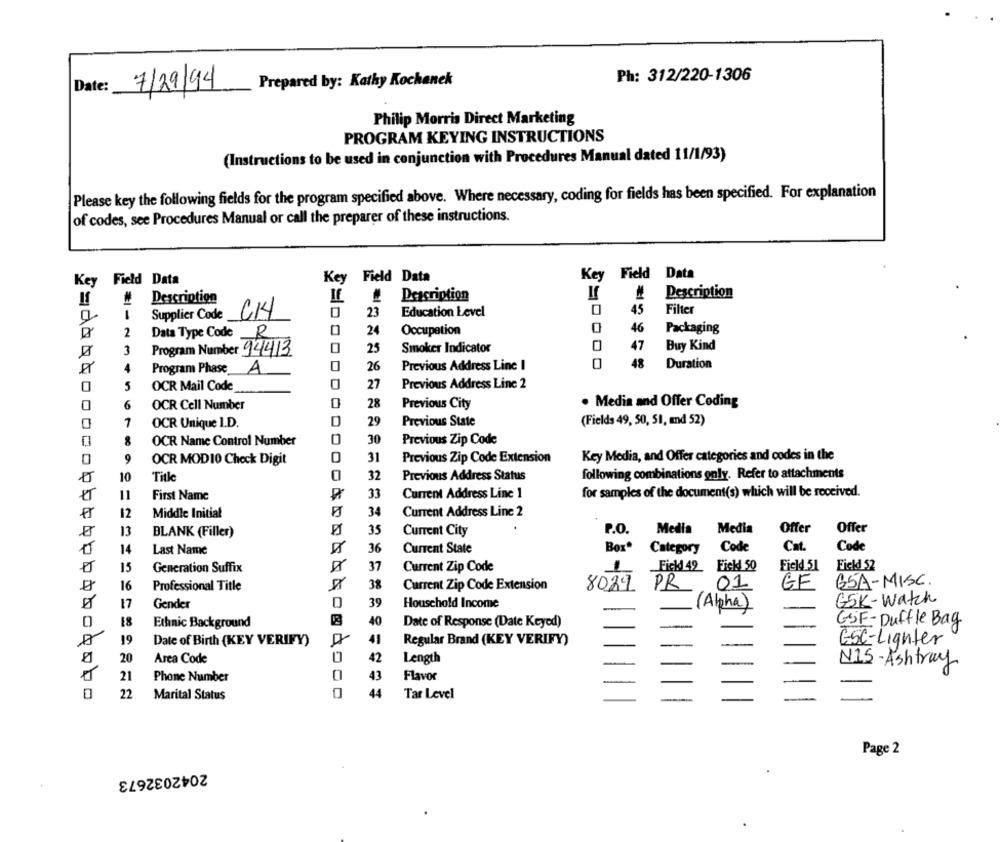
7/29/94
Prepared by: Kathy Kochanek
Ph: 312/220-1306
Date:
Philip Morris Direct Marketing
PROGRAM KEYING INSTRUCTIONS
(Instructions to be used in conjunction with Procedures Manual dated 11/1/93)
Please key the following fields for the program specified above. Where necessary, coding for fields has been specified. For explanation
of codes, see Procedures Manual or call the preparer of these instructions.
Key Field Data
Key Field Data
Key
Field Data
If
Description
Description
If
Description
CH4
0
45
Filter
Supplier Code
23
Education Level
46
Packaging
2
Data Type Code
R
24
Occupation
47
Buy Kind
3
Program Number 94413
25
Smoker Indicator
Program Phase
A
0
26
Previous Address Line I
48
Duration
0
5
OCR Mail Code
0
27
Previous Address Line 2
6
OCR Cell Number
28
Previous City
· Media and Offer Coding
0
29
(Fields 49, 50, 51, and 52)
1
OCR Unique I.D.
Previous State
30
OCR Name Control Number
0
Previous Zip Code
0
9
OCR MOD10 Check Digit
O
31
Previous Zip Code Extension
Key Media, and Offer categories and codes in the
10
Title
32
Previous Address Status
following combinations only. Refer to attachments
First Name
33
Current Address Line 1
for samples of the document(s) which will be received.
12
Middle Initial
34
Current Address Line 2
13
35
Current City
P.O.
Media
Media
Offer
Offer
BLANK (Filler)
14
Box®
Category Code
Cat.
Cod
Last Name
36
Current State
15
Generation Suffix
37
Current Zip Code
Fickd 49 Fisk 50
Field.51
Fickd 52
16
Professional Title
38
Current Zip Code Extension
8029
PR
01
GF
ESA-MISC.
17
Gender
0
39
Household Income
(Alpha)
GSK-Watch
18
Ethnic Background
40
Date of Response (Date Keyed)
GSF- Duffle Bag
0
19
ESC-Lighter
Date of Birth (KEY VERIFY)
Regular Brand (KEY VERIFY)
20
42
Area Code
0
Length
NIS- Ashtray
43
21
Phone Number
Flavor
0
22
Marital Status
44
Tar Level
Page 2
2042032673